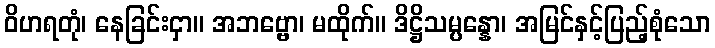
ဝိဟရတုံ၊ နေခြင်းငှာ။ အဘဗ္ဗော၊ မထိုက်။ ဒိဋ္ဌိသမ္ပန္နော၊ အမြင်နှင့်ပြည့်စုံသော